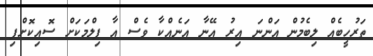
ތަރުހީބެއް ލިބެމުން އަންނަ އިރު އޭނާ އަނެއްކާ ވެސް އާ ފިލްމަކަށް ސޮއިކޮށްފި